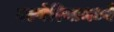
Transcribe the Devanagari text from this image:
बल्गेरियामध्ये